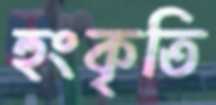
হুংকৃতি